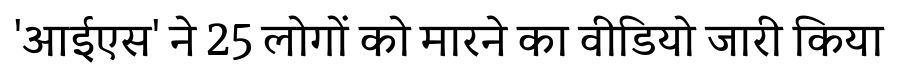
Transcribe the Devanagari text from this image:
'आईएस' ने 25 लोगों को मारने का वीडियो जारी किया